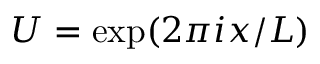
U = \exp ( 2 \pi i x / L )